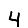
Digit: 4